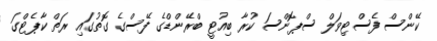
ކޭންސް ފެސްޓިވަލް ސްޕޮންސަ ކުރާ ބިއުޓީ ބްރޭންޑްގެ ފޭސްގެ ގޮތުގައި ރަތް ކާޕެޓްގަ